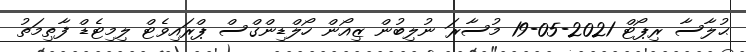
ޙުލާސާ ރިޕޯޓް 2021-05-19 މުސާރަ ނުލިބުން ޒިއޯން ހޯލްޑިންގްސް ޕްރައިވެޓް ލިމިޓެޑް ފާޠިމަތު